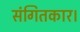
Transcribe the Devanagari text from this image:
संगितकार।